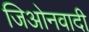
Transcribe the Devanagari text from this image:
जिओनवादी